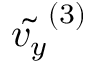
\tilde { v _ { y } } ^ { ( 3 ) }